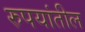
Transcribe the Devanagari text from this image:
रुपयांतील